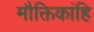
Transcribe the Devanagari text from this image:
मौक्तिकांहि